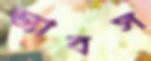
ড্যাবস